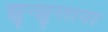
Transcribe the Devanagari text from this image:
झुन्झुलाया